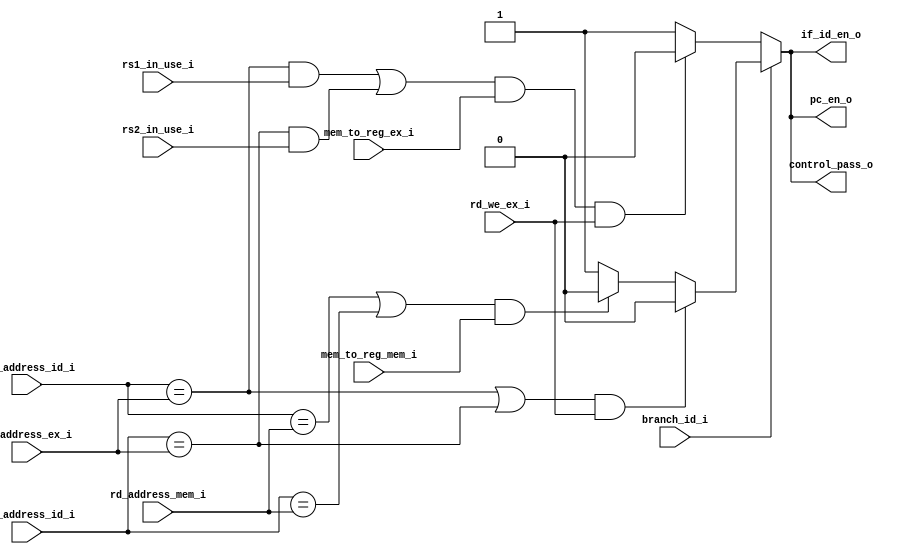
module hazard_unit(
    // module inputs
    input wire[4:0] rs1_address_id_i,
    input wire[4:0] rs2_address_id_i,
    input wire rs1_in_use_i,
    input wire rs2_in_use_i,
    input wire branch_id_i,
    input wire[4:0] rd_address_ex_i,
    input wire mem_to_reg_ex_i,
    input wire rd_we_ex_i,
    input wire[4:0] rd_address_mem_i,
    input wire mem_to_reg_mem_i,

    // module outputs
    output reg pc_en_o,
    output reg if_id_en_o,
    output reg control_pass_o
);

    always @* begin
        pc_en_o = 1'b1;
        if_id_en_o = 1'b1;
        control_pass_o = 1'b1;

        if (branch_id_i == 1'b0) begin
            if (((rs1_address_id_i == rd_address_ex_i && rs1_in_use_i == 1'b1) || (rs2_address_id_i == rd_address_ex_i && rs2_in_use_i == 1'b1)) && mem_to_reg_ex_i == 1'b1 && rd_we_ex_i == 1'b1) begin
                pc_en_o = 1'b0;
                if_id_en_o = 1'b0;
                control_pass_o = 1'b0;
            end
        end
        else if (branch_id_i == 1'b1) begin
            
            if ((rs1_address_id_i == rd_address_ex_i || rs2_address_id_i == rd_address_ex_i) && rd_we_ex_i == 1'b1) begin
                pc_en_o = 1'b0;
                if_id_en_o = 1'b0;
                control_pass_o = 1'b0;
            end
            else if ((rs1_address_id_i == rd_address_mem_i || rs2_address_id_i == rd_address_mem_i) && mem_to_reg_mem_i == 1'b1) begin
                pc_en_o = 1'b0;
                if_id_en_o = 1'b0;
                control_pass_o = 1'b0;
            end
            
        end
    end
endmodule